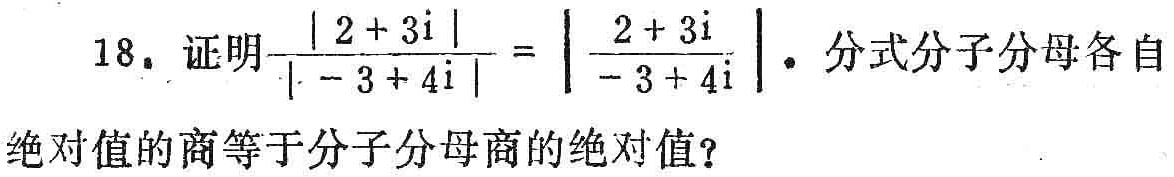
18. 证明$\frac{|2 + 3\mathrm{i}|}{|-3 + 4\mathrm{i}|}=\left|\frac{2 + 3\mathrm{i}}{-3 + 4\mathrm{i}}\right|$。分式分子分母各自绝对值的商等于分子分母商的绝对值？